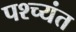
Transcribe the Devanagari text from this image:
पश्च्यंत